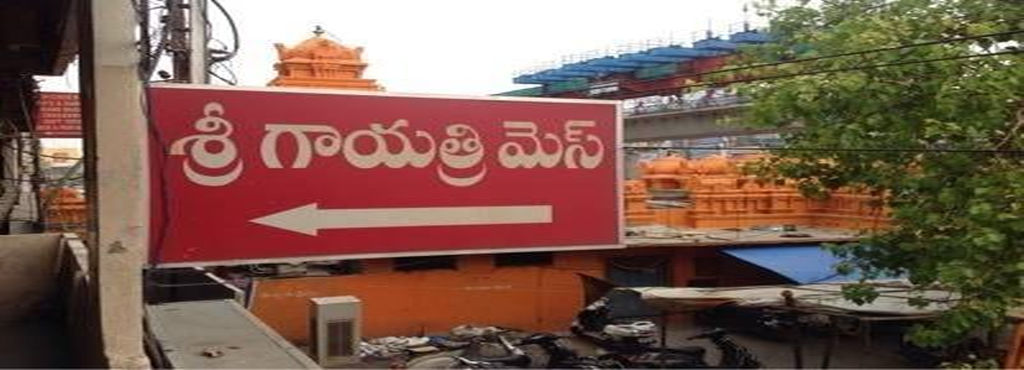
Language: telugu
Transcription: శ్రీ గాయత్రి మెస్